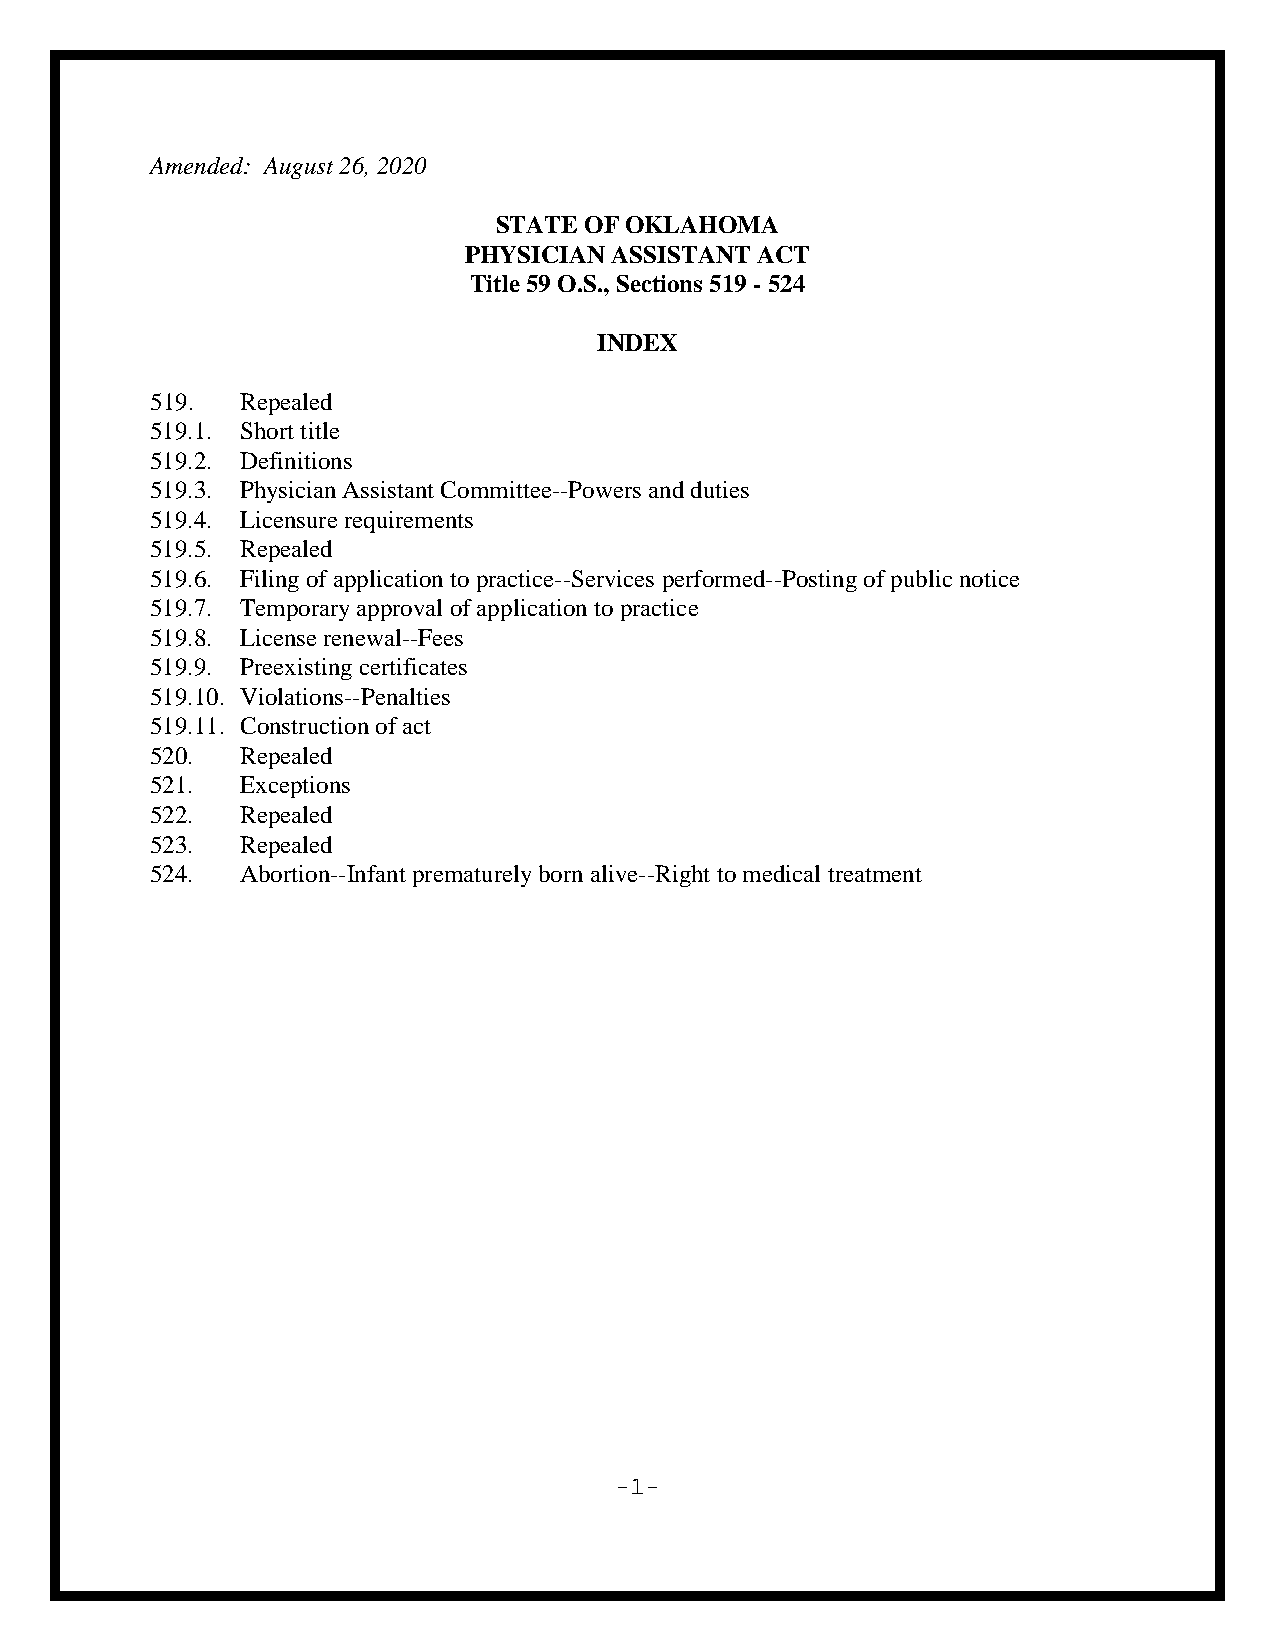
Amended: August 26, 2020
 STATE OF OKLAHOMA
 PHYSICIAN ASSISTANT ACT
 Title 59 O.S., Sections 519 - 524
 INDEX
 519.  Repealed
 519.1. Short title
 519.2. Definitions
 519.3. Physician Assistant Committee--Powers and duties
 519.4. Licensure requirements
 519.5. Repealed
 519.6. Filing of application to practice--Services performed--Posting of public notice
 519.7. Temporary approval of application to practice
 519.8. License renewal--Fees
 519.9. Preexisting certificates
 519.10. Violations--Penalties
 519.11. Construction of act
 520.  Repealed
 521.  Exceptions
 522.  Repealed
 523.  Repealed
 524.  Abortion--Infant prematurely born alive--Right to medical treatment
 -1-